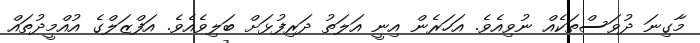
މާގިނަ ދުވަސްތަކެއް ނުވިއެވެ. އަހަރެން އިނީ އަލަތު ދަރިފުޅަށް ބަލިވެއެވެ. އަފްޒަލްގެ އުއްމީދުތައް